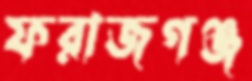
ফরাজগঞ্জ